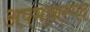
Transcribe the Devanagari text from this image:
अपमानस्पद